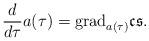
LaTeX: \begin{align*}\frac{d}{d\tau} a(\tau) = {\rm grad}_{a(\tau)}\frak{cs}.\end{align*}